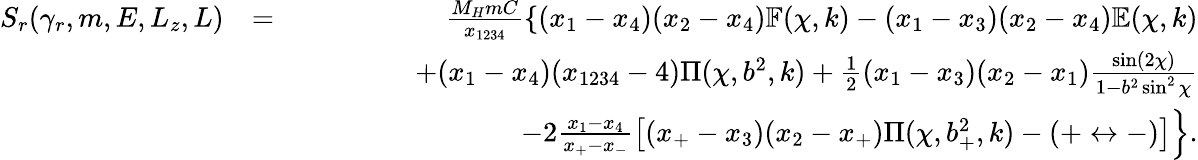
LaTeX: \begin{array}{rlr}{S_{r}(\gamma_{r},m,E,L_{z},L)}&{=}&{\frac{M_{H}mC}{x_{1234}}\left\{ (x_{1}-x_{4})(x_{2}-x_{4})\mathbb{F}(\chi,k)-(x_{1}-x_{3})(x_{2}-x_{4})\mathbb{E}(\chi,k)\right.}\\ &{}&{\qquad\qquad+(x_{1}-x_{4})(x_{1234}-4)\Pi(\chi,b^{2},k)+\frac{1}{2}(x_{1}-x_{3})(x_{2}-x_{1})\frac{\sin(2\chi)}{1-b^{2}\sin^{2}\chi}}\\ &{}&{\left.\qquad\qquad-2\frac{x_{1}-x_{4}}{x_{+}-x_{-}}\left[(x_{+}-x_{3})(x_{2}-x_{+})\Pi(\chi,b_{+}^{2},k)-(+\leftrightarrow-)\right]\right\} .}\end{array}